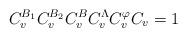
LaTeX: \begin{align*} C_v^{B_1} C_v^{B_2} C_v^B C_v^\Lambda C_v^\varphi C_v = 1\end{align*}